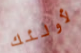
لأولئك